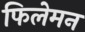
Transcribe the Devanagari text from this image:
फिलेमन